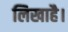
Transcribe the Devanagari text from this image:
लिखाहै।